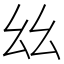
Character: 𢆶